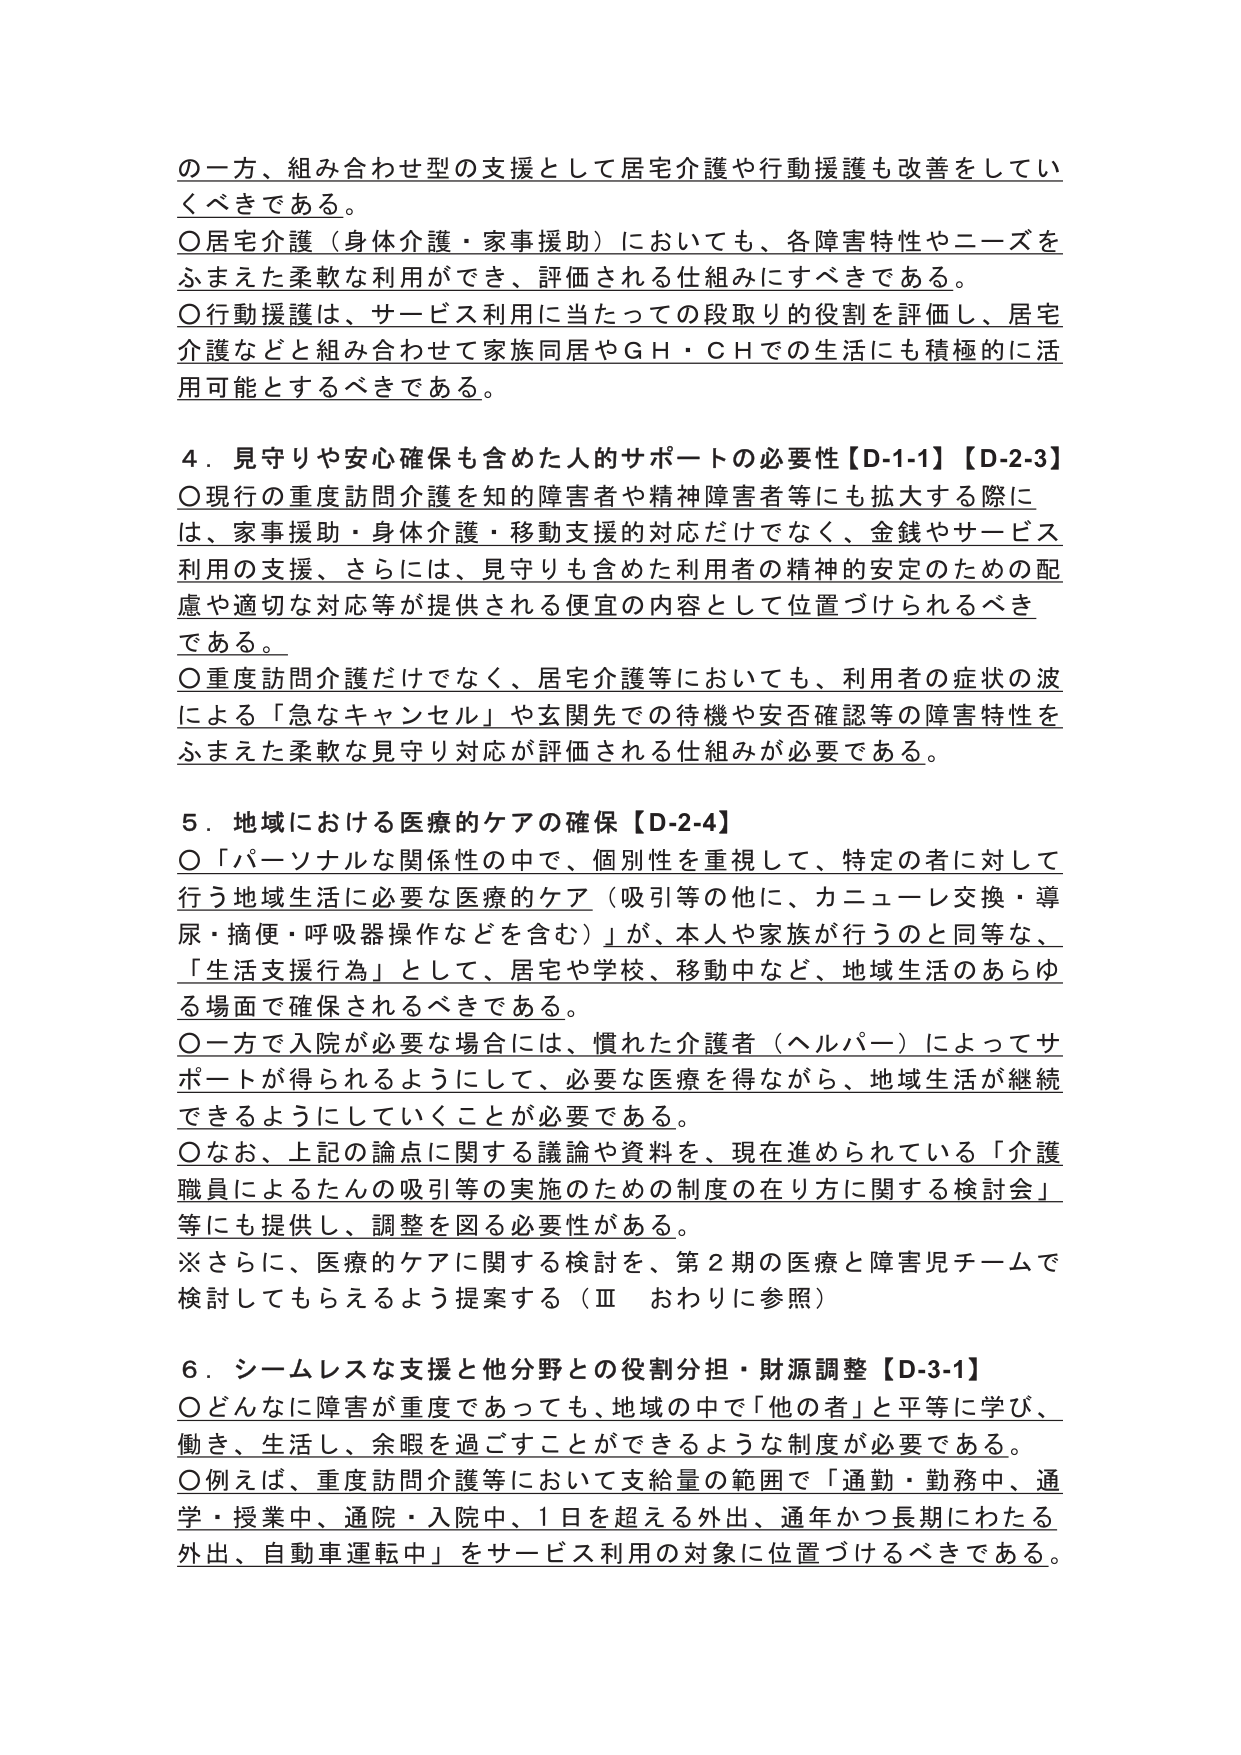
の一方、組み合わせ型の支援として居宅介護や行動援護も改善をしていくべきである。

〇居宅介護（身体介護・家事援助）においても、各障害特性やニーズをふまえた柔軟な利用ができ、評価される仕組みにすべきである。

〇行動援護は、サービス利用に当たっての段取りの役割を評価し、居宅介護などと組み合わせて家族同居やＧＨ・ＣＨでの生活にも積極的に活用可能とするべきである。

４．見守りや安心確保も含めた人的サポートの必要性【D-1-1】【D-2-3】

〇現行の重度訪問介護を知的障害者や精神障害者等にも拡大する際には、家事援助・身体介護・移動支援の対応だけでなく、金銭やサービス利用の支援、さらには、見守りも含めた利用者の精神的安定のための配慮や適切な対応等が提供される便宜の内容として位置づけられるべきである。

〇重度訪問介護だけでなく、居宅介護等においても、利用者の症状の波による「急なキャンセル」や玄関先での待機や安否確認等の障害特性をふまえた柔軟な見守り対応が評価される仕組みが必要である。

５．地域における医療的ケアの確保【D-2-4】

〇「パーソナルな関係性の中で、個別性を重視して、特定の者に対して行う地域生活に必要な医療的ケア（吸引等の他に、カニューレ交換・導尿・摘便・呼吸器操作などを含む）」が、本人や家族が行うのと同等な、「生活支援行為」として、居宅や学校、移動中など、地域生活のあらゆる場面で確保されるべきである。

〇一方で入院が必要な場合には、慣れた介護者（ヘルパー）によってサポートが得られるようにして、必要な医療を得ながら、地域生活が継続できるようにしていくことが必要である。

〇なお、上記の論点に関する議論や資料を、現在進められている「介護職員によるたんの吸引等の実施のための制度の在り方に関する検討会」等にも提供し、調整を図る必要性がある。

※さらに、医療的ケアに関する検討を、第２期の医療と障害児チームで検討してもらえるよう提案する（Ⅲ　おわりに参照）

６．シームレスな支援と他分野との役割分担・財源調整【D-3-1】

〇どんなに障害が重度であっても、地域の中で「他の者」と平等に学び、働き、生活し、余暇を過ごすことができるような制度が必要である。

〇例えば、重度訪問介護等において支給量の範囲で「通勤・勤務中、通学・授業中、通院・入院中、１日を超える外出、通年かつ長期にわたる外出、自動車運転中」をサービス利用の対象に位置づけるべきである。